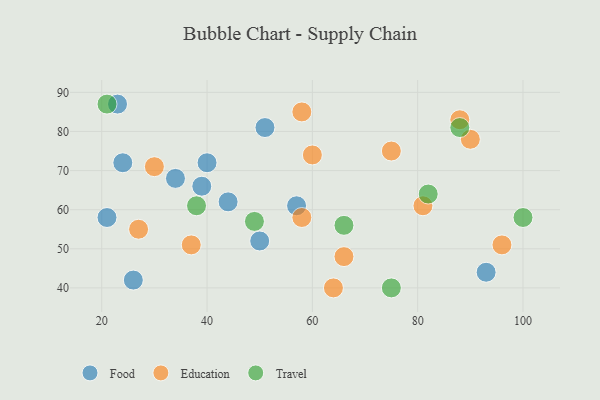
{"axis": {"x": "GDP", "y": "Life Expectancy"}, "legend": ["Education", "Food", "Travel"], "data": [{"x": "24", "y": 72, "type": "Food"}, {"x": "44", "y": 62, "type": "Food"}, {"x": "40", "y": 72, "type": "Food"}, {"x": "21", "y": 58, "type": "Food"}, {"x": "39", "y": 66, "type": "Food"}, {"x": "26", "y": 42, "type": "Food"}, {"x": "34", "y": 68, "type": "Food"}, {"x": "57", "y": 61, "type": "Food"}, {"x": "93", "y": 44, "type": "Food"}, {"x": "50", "y": 52, "type": "Food"}, {"x": "23", "y": 87, "type": "Food"}, {"x": "51", "y": 81, "type": "Food"}, {"x": "30", "y": 71, "type": "Education"}, {"x": "81", "y": 61, "type": "Education"}, {"x": "66", "y": 48, "type": "Education"}, {"x": "88", "y": 83, "type": "Education"}, {"x": "96", "y": 51, "type": "Education"}, {"x": "37", "y": 51, "type": "Education"}, {"x": "58", "y": 58, "type": "Education"}, {"x": "27", "y": 55, "type": "Education"}, {"x": "60", "y": 74, "type": "Education"}, {"x": "64", "y": 40, "type": "Education"}, {"x": "75", "y": 75, "type": "Education"}, {"x": "58", "y": 85, "type": "Education"}, {"x": "90", "y": 78, "type": "Education"}, {"x": "75", "y": 40, "type": "Travel"}, {"x": "66", "y": 56, "type": "Travel"}, {"x": "82", "y": 64, "type": "Travel"}, {"x": "49", "y": 57, "type": "Travel"}, {"x": "100", "y": 58, "type": "Travel"}, {"x": "38", "y": 61, "type": "Travel"}, {"x": "88", "y": 81, "type": "Travel"}, {"x": "21", "y": 87, "type": "Travel"}]}